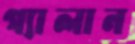
গ্যালান